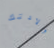
ولادتك